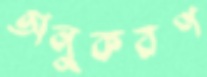
অনুকরণ